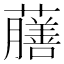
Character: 𧃇